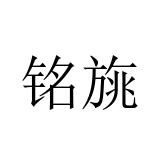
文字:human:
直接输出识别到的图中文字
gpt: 铭旐